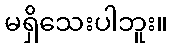
မရှိသေးပါဘူး။